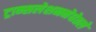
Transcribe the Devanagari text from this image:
ट्रान्सलेशननेघेतले